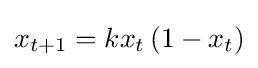
x_{t+1}=kx_{t}\left(1-x_{t}\right)